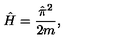
{ \hat { H } } = { \frac { \hat { \mathrm { \boldmath \pi } } ^ { 2 } } { 2 m } } ,